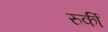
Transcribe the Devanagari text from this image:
रुर्की